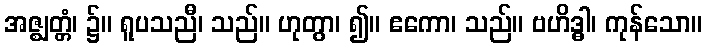
အဇ္ဈတ္တံ၊ ၌။ ရူပသညီ၊ သည်။ ဟုတွာ၊ ၍။ ဧကော၊ သည်။ ဗဟိဒ္ဓါ၊ ကုန်သော။